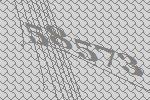
58573